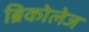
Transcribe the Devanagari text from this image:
ब्रिकोलेज